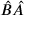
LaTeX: { \hat { B } } { \hat { A } }